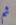
ثم